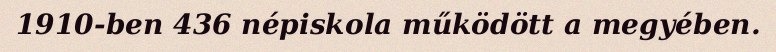
1910-ben 436 népiskola működött a megyében.